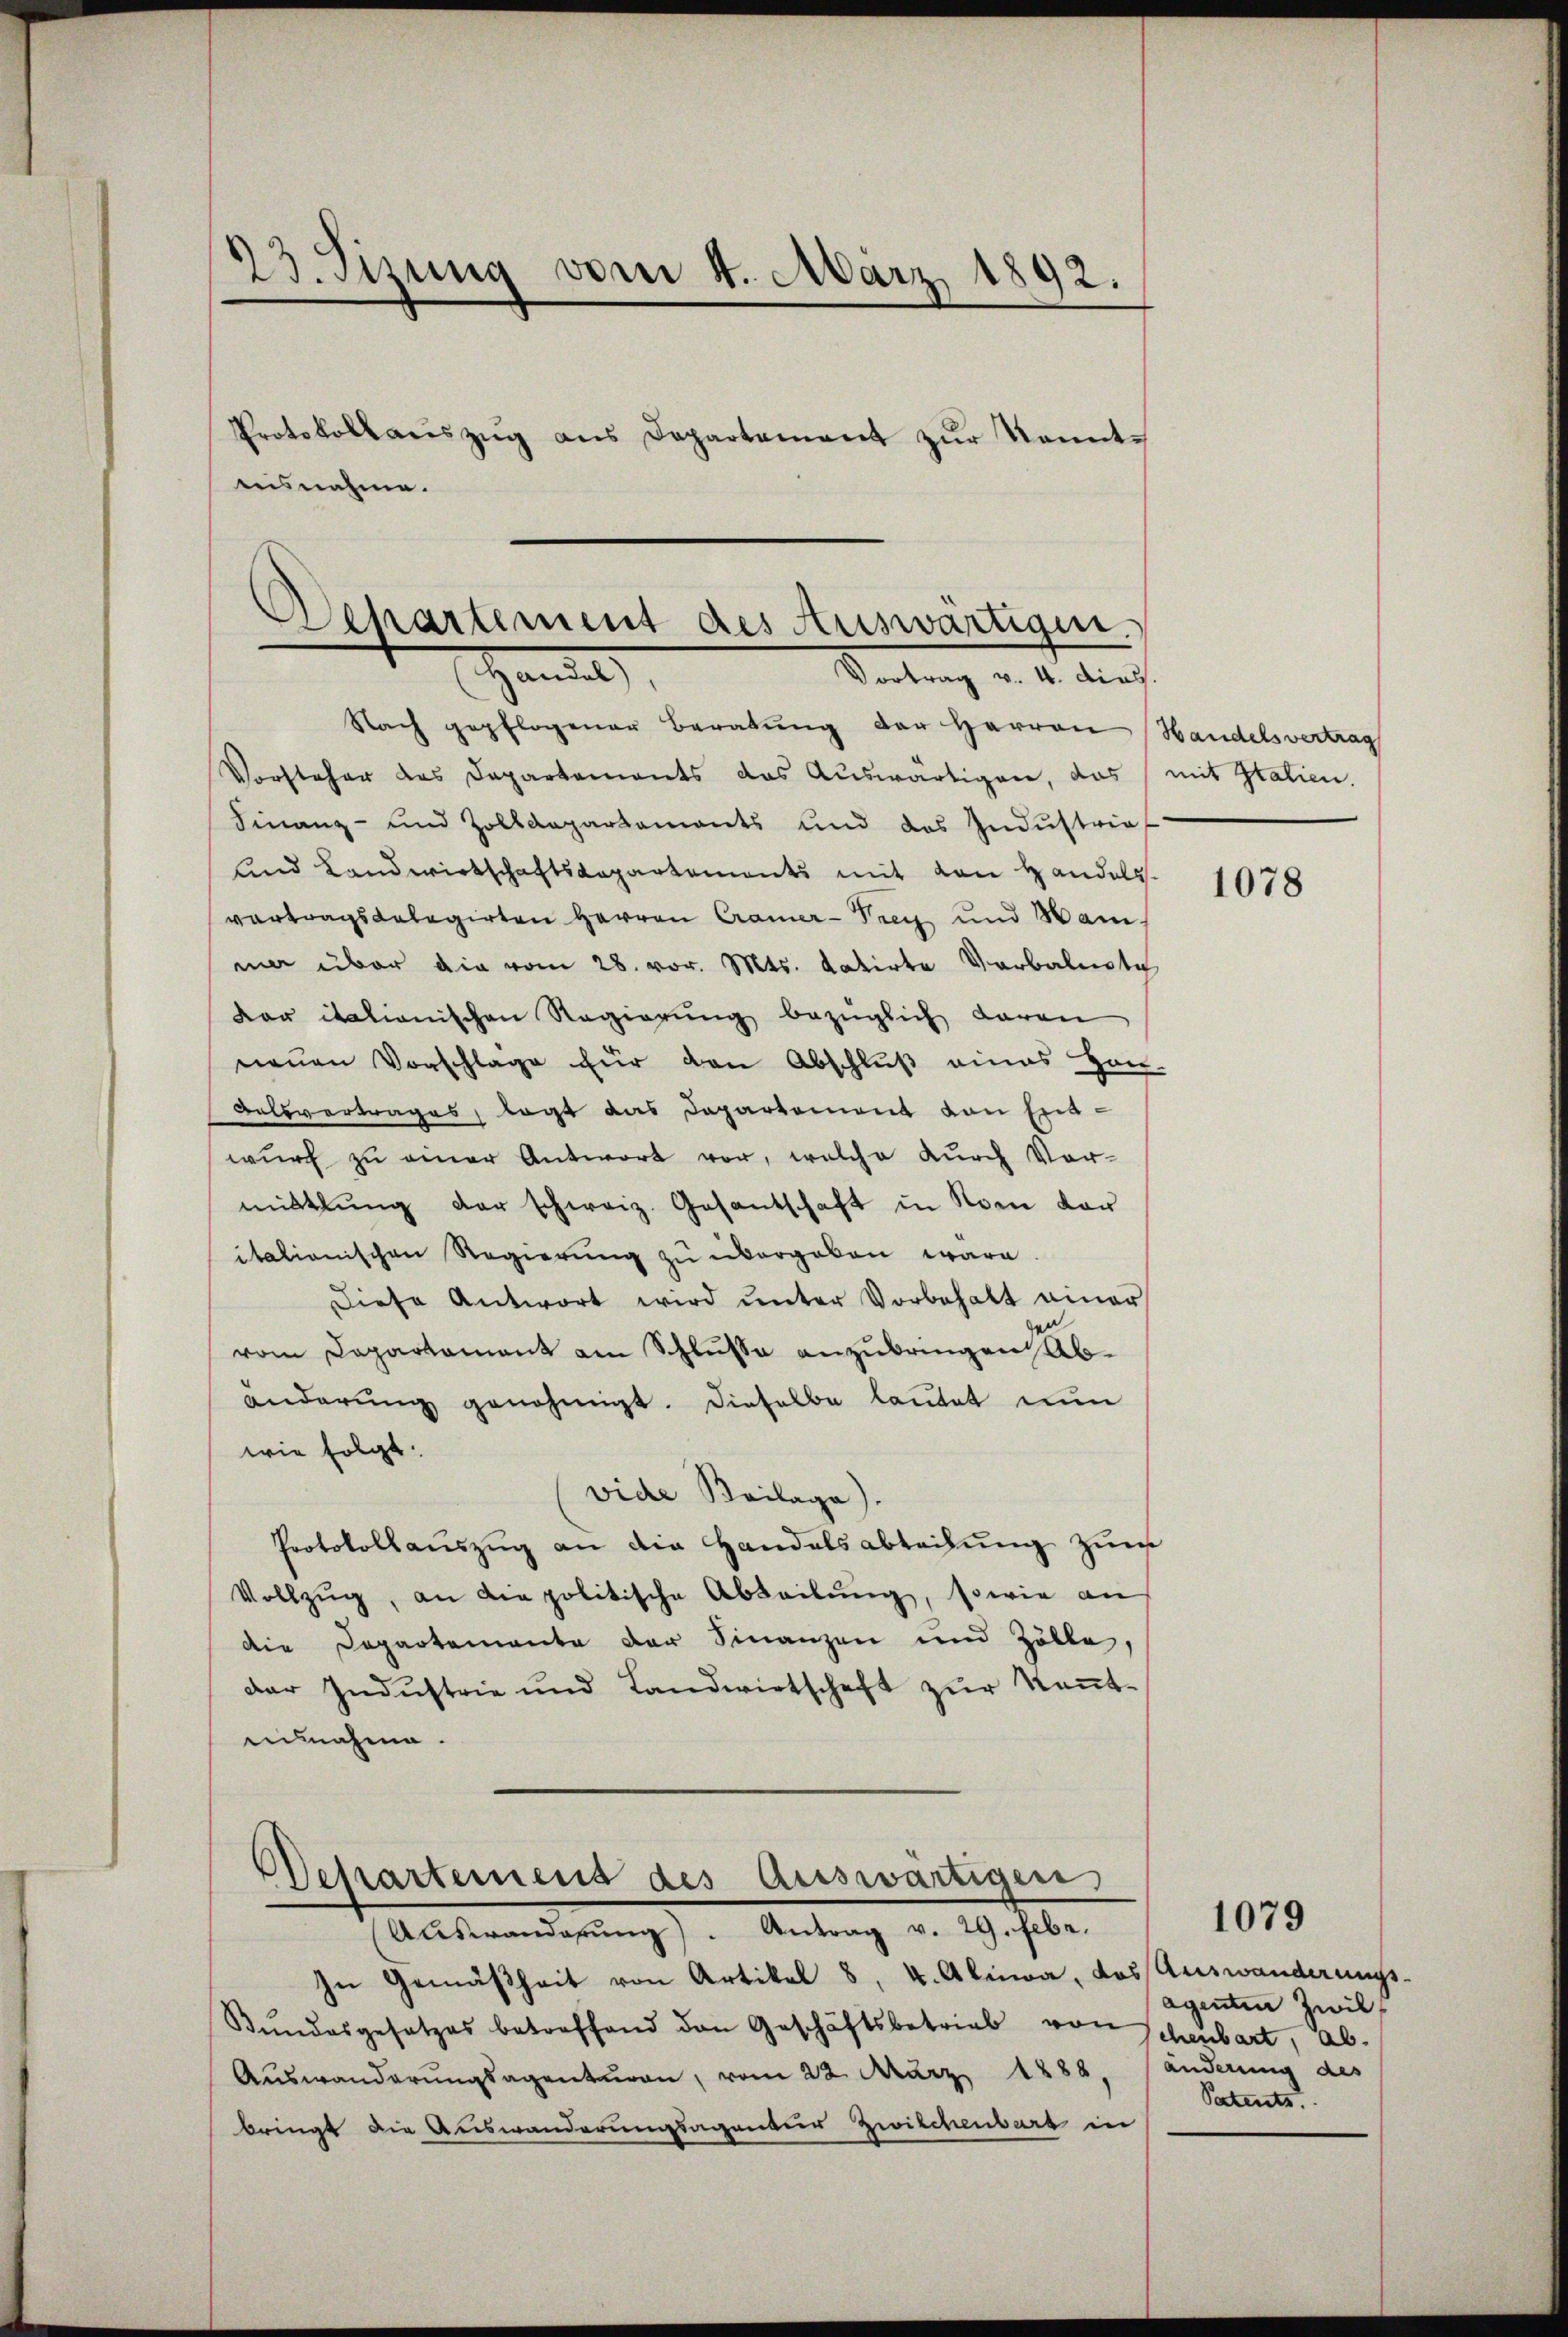
23. Sizung vom 4. März 1892.
Protokollaŭszŭg ans Departement zŭr Kenntaisnahme.

Departement des Auswärtigen.
Handel
Vortrag v. 4. dies
Nach gepflogener Beratŭng der Herren (Handelsvertrag

Vorsteher des Departements das Auswärtigen, das mit Italien.
Finanz- und Zolldepartaments und des Industria
und Landwirtschaftsdepartements mit von Handels
vortragsdalagirten Herren Cramer-Trey und Ham
mar über die vom 28. vor. Mts. datirte Verbaliste
der italienischen Regierŭng bezüglich daran
neuen Vorschlage für den Abschluß eines Han-
delsvertrages, legt das Departement von Ent-
wŭrf zŭ einer Antwort vor, welche dŭrch Vor-
mittlung der schweiz. Gesantschaft in Rom dar
itationischen Regierŭng zu übergeben wäre.
Diese Antwort wird unter Vorbehalt einer
vom Capartament am Schlusse anzubringen Abänderŭng genehmigt. Dieselbe lautet nun
wie folgt.
vide Beilage).
Protokollauszug an die Handelsabteilung zum
Vollzŭg, an die politische Abteilŭng, sowie au
die Departemente der Finanzen und Zölle,
der Indŭstrie und Landwirtschaft zŭr Keṅt-
einnahme.

.
ehartement des Auswärtigen
Auswanderung). Antrag v. 29. Febr.

In Gemäßheit von Artikel 8, 4. Alina, das Auswanderungs-
Bŭndesgesetzes betreffend den Geschäftsbetrieb von Schenbart, ab-
Auswanderungsagenturen, vom 22. März 1888.
bringt die Auswanderungsagentur Zwilchenbart in

1078

agenten Zwil
änderung des
Patents

1079